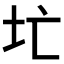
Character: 𪢷